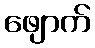
ဖျောက်